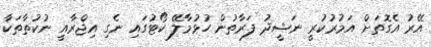
އޭރު އެގޮތަށް އަމުރުކުރީ ނަޝީދު ފަރާތުން ހުޅުމާލޭ ކޯޓުގައި ނެގި އިޖްރާއީ ނުކުތާތަކާ